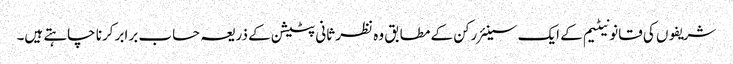
شریفوں کی قانونیٹیم کے ایک سینئر رکن کے مطابق وہ نظر ثانی پٹیشن کے ذریعہ حساب برابر کرنا چاہتے ہیں۔